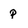
Character: p